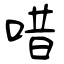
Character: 唶